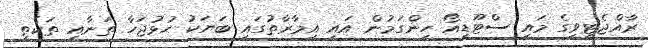
ރާއްޖެޓީވީގެ މައި ސްޓޫޑިއޯ ހިންގަމުން އައި އިމާރާތުގައި ބަޔަކު ހުޅުޖަހާ ތަނާއި ތަކެތި